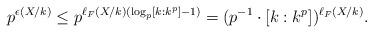
LaTeX: \begin{align*}p^{\epsilon(X/k)} \leq p^{\ell_F(X/k) (\log_p[k:k^p]-1)}=(p^{-1} \cdot [k:k^p])^{\ell_F(X/k)}. \end{align*}